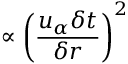
\propto { \left( \frac { u _ { \alpha } \delta t } { \delta r } \right) } ^ { 2 }